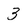
Character: 3